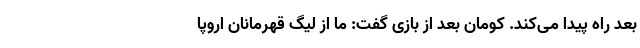
بعد راه پیدا می‌کند. کومان بعد از بازی گفت: ما از لیگ قهرمانان اروپا